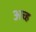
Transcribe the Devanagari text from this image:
अच्ह